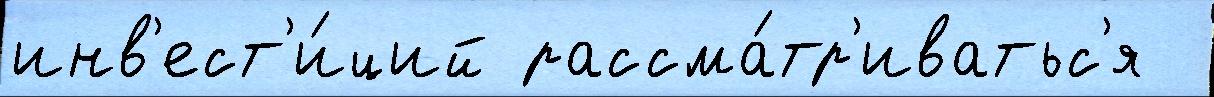
инв'ест'и́ций рассма́тр'иватьс'я